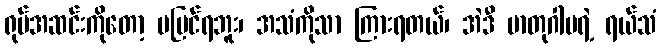
ရုပ်အဆင်းကိုတော့ မမြင်ရဘူး၊ အသံကိုသာ ကြားရတယ်၊ အဲဒီ မာတုဂါမရဲ့ ရယ်သံ